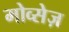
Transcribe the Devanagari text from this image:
मोव्सेज़